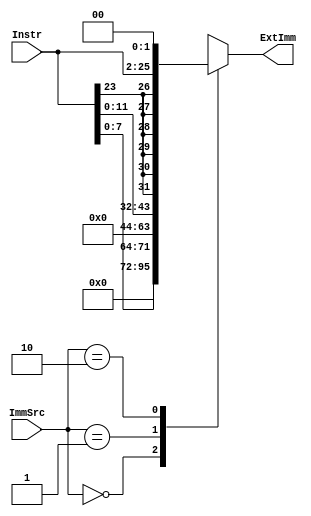
module extend (
	Instr,
	ImmSrc,
	ExtImm
);
	input wire [23:0] Instr;
	input wire [1:0] ImmSrc;
	output reg [31:0] ExtImm;
	always @(*)
		case (ImmSrc)
			2'b00: ExtImm = {24'b000000000000000000000000, Instr[7:0]};
			2'b01: ExtImm = {20'b00000000000000000000, Instr[11:0]};
			2'b10: ExtImm = {{6 {Instr[23]}}, Instr[23:0], 2'b00};
			default: ExtImm = 32'bxxxxxxxxxxxxxxxxxxxxxxxxxxxxxxxx;
		endcase
endmodule


module adder (
	a,
	b,
	y
);
	parameter WIDTH = 8;
	input wire [WIDTH - 1:0] a;
	input wire [WIDTH - 1:0] b;
	output wire [WIDTH - 1:0] y;
	assign y = a + b;
endmodule

module flopenr (
	clk,
	reset,
	en,
	d,
	q
);
	parameter WIDTH = 8;
	input wire clk;
	input wire reset;
	input wire en;
	input wire [WIDTH - 1:0] d;
	output reg [WIDTH - 1:0] q;
	always @(posedge clk or posedge reset)
		if (reset)
			q <= 0;
		else if (en)
			q <= d;
endmodule

module flopr (
	clk,
	reset,
	d,
	q
);
	parameter WIDTH = 8;
	input wire clk;
	input wire reset;
	input wire [WIDTH - 1:0] d;
	output reg [WIDTH - 1:0] q;
	always @(posedge clk or posedge reset)
		if (reset)
			q <= 0;
		else
			q <= d;
endmodule

module mux2 (
	d0,
	d1,
	s,
	y
);
	parameter WIDTH = 8;
	input wire [WIDTH - 1:0] d0;
	input wire [WIDTH - 1:0] d1;
	input wire s;
	output wire [WIDTH - 1:0] y;
	assign y = (s ? d1 : d0);
endmodule